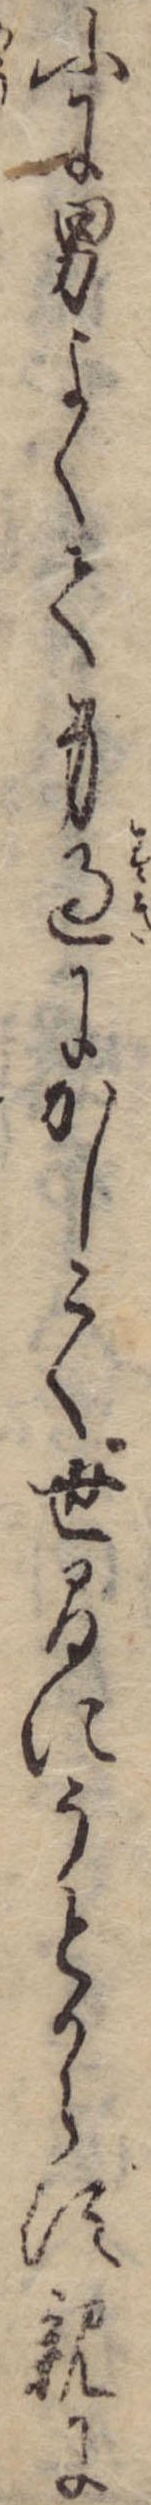
ふに男よくて身過にかしこく世間にうとからす親に